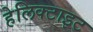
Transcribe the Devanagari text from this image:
हेलिक्टाइट